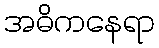
အဓိကနေရာ